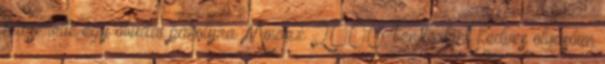
fel­cserélte egy óbudai páholyra. Mindez 2000-ben történt Kedves olvasóim